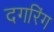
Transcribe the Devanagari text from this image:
दगरिंग